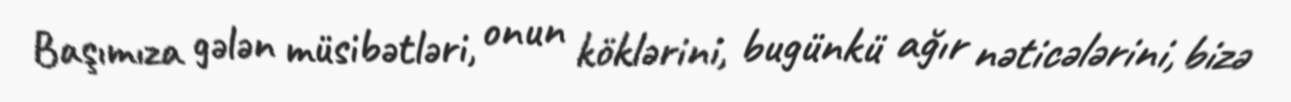
Başımıza gələn müsibətləri, onun köklərini, bugünkü ağır nəticələrini, bizə